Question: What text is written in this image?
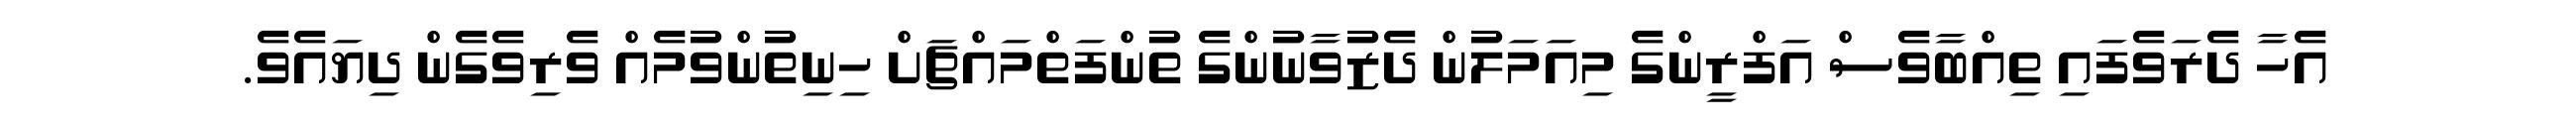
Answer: އެހާ ދެރަވެފައި ތިއްބާވެސް އަފްރީންގެ މިއަމަލުން ދެޒުވާނުންގެ ތުންފަތްމައްޗަށް ހިނިތުންވުމެއް ވެރިވެގެން ދިޔައެވެ.